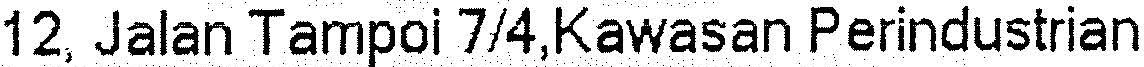
12, JALAN TAMPOI 7/4,KAWASAN PERINDUSTRIAN